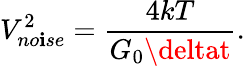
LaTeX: V_{no\mathbf{i}se}^{2}=\frac{{4kT}}{{G_{0}\deltat}}.